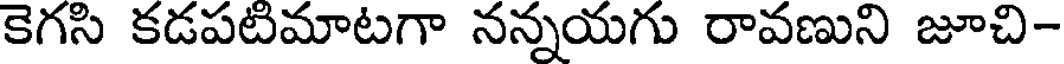
కెగసి కడపటిమాటగా నన్నయగు రావణుని జూచి-